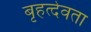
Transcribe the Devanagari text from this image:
बृहत्देवता